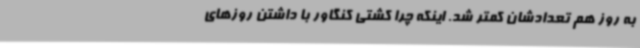
به روز هم تعدادشان کمتر شد. اینکه چرا کشتی کنگاور با داشتن روزهای